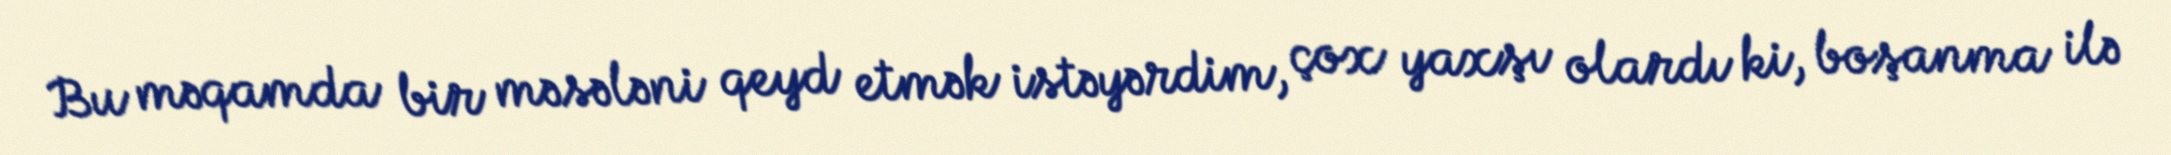
Bu məqamda bir məsələni qeyd etmək istəyərdim, çox yaxşı olardı ki, boşanma ilə